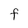
Character: F